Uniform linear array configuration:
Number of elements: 24
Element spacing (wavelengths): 0.75
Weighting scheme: kaiser
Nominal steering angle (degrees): -15
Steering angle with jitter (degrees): -14.658
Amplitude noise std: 0.05
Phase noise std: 0.05

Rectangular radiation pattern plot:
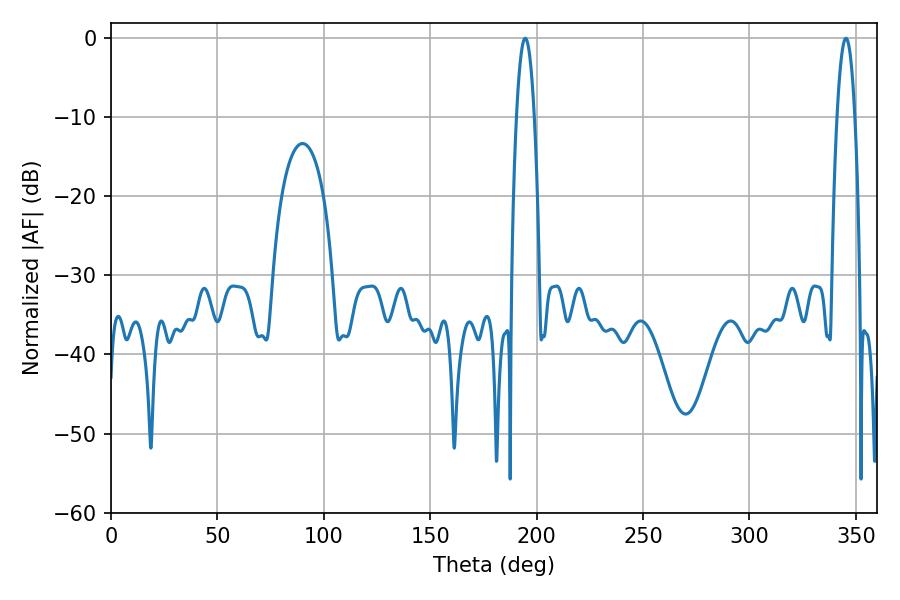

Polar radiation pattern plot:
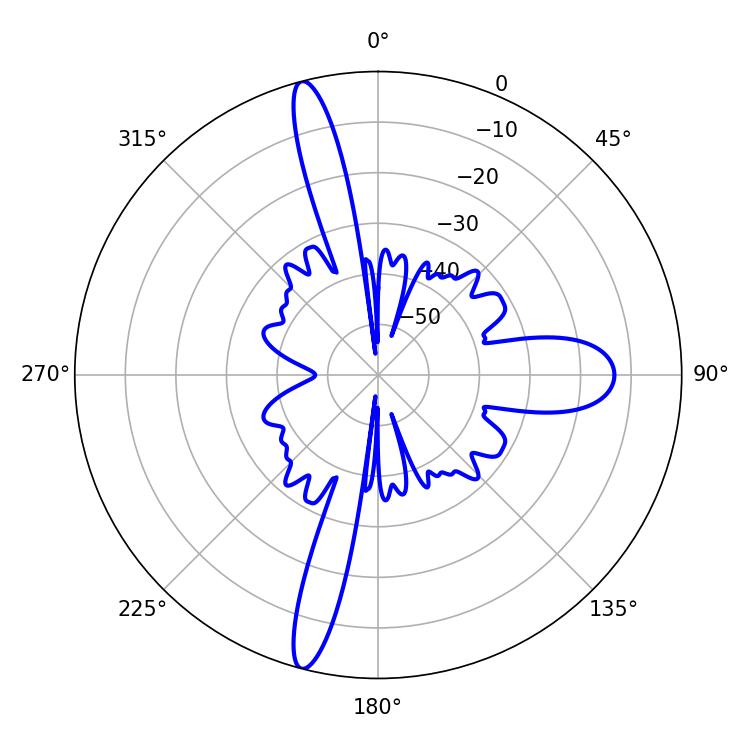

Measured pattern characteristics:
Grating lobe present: TRUE
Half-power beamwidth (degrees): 4.5
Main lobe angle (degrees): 194.58